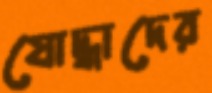
যোদ্ধাদের